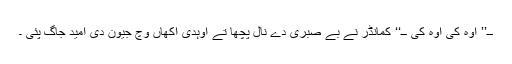
ــ’’ اوہ کی اوہ کی ــ‘‘ کمانڈر نے بے صبری دے نال پچھا تے اوہدی اکھاں وچ جیون دی امید جاگ پئی ۔